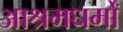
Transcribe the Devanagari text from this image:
आश्रमधर्मों